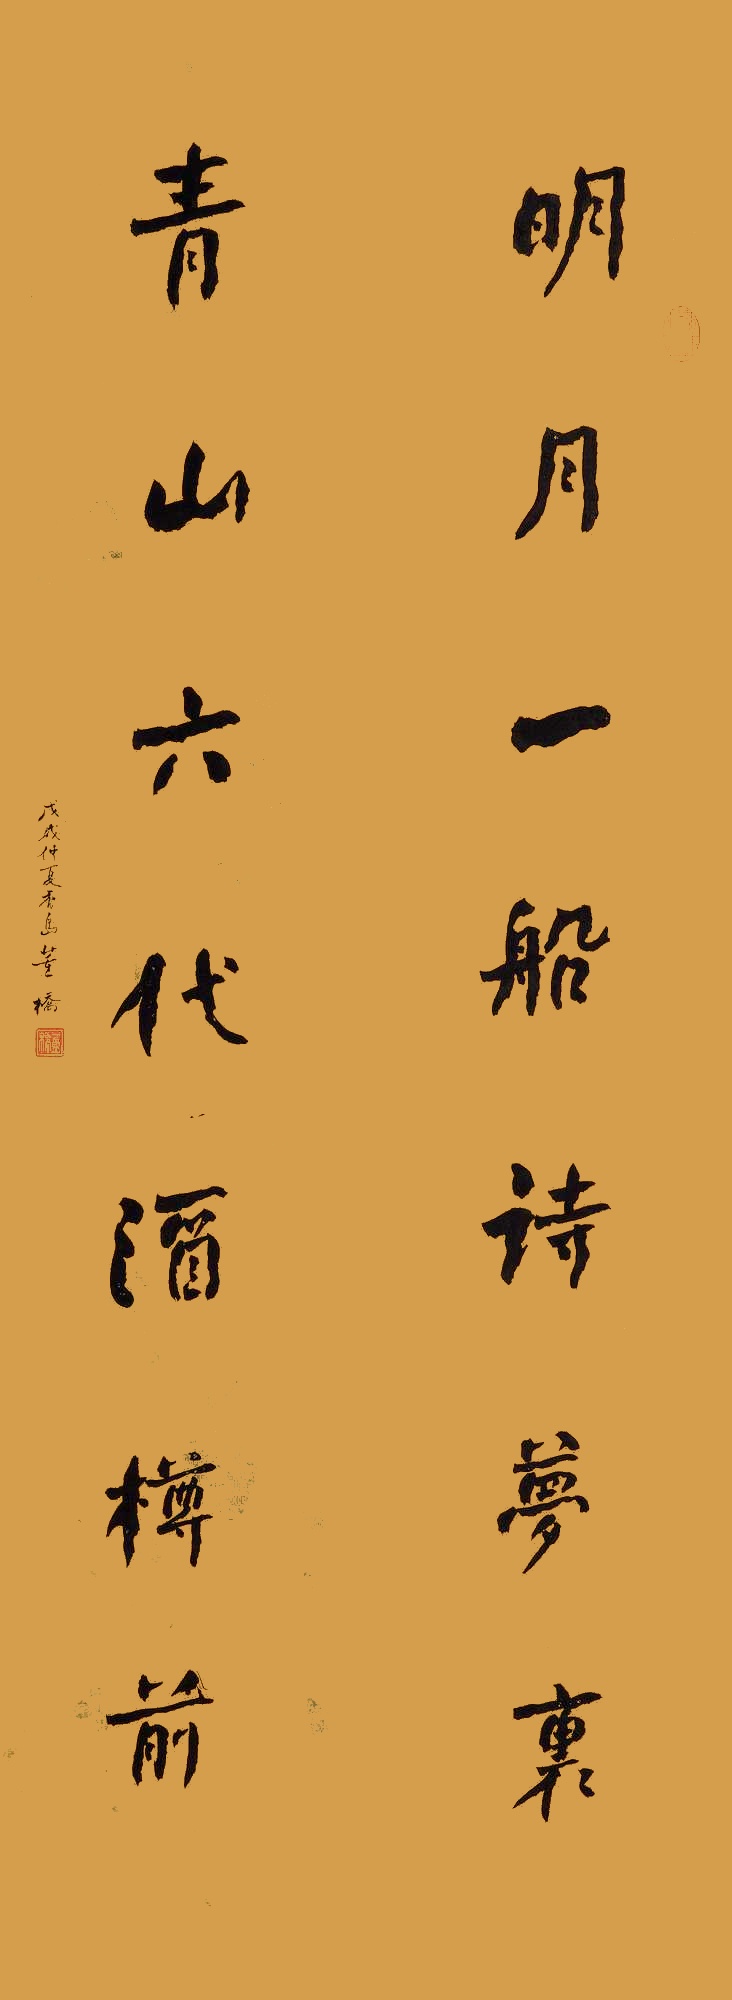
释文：明月一船诗梦里，青山六代酒樽前。戊戌仲夏，香岛董桥。